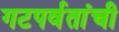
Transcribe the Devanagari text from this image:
गटपर्वतांची